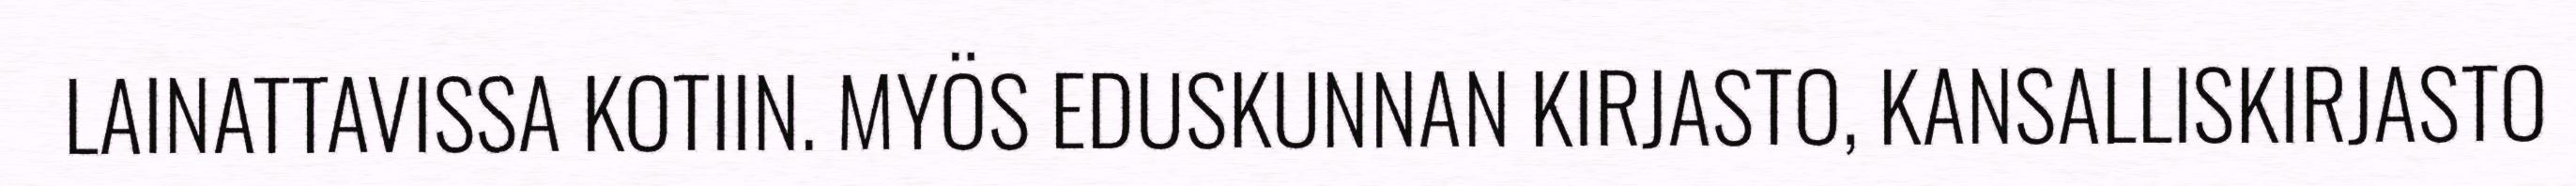
LAINATTAVISSA KOTIIN. MYÖS EDUSKUNNAN KIRJASTO, KANSALLISKIRJASTO